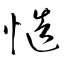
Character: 慥